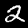
Digit: 2